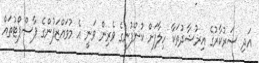
އަދި ސަރުކާރުގެ އިރުޝާދުތަކާ ހިލާފަށް ކުންފުނީގެ ވެރިން ވަނީ އެ މުވައްޒަފުންގެ ޕާސްޕޯޓުތައް